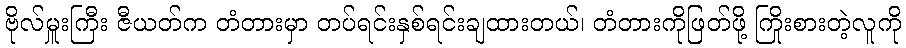
ဗိုလ်မှူးကြီး ဇီယတ်က တံတားမှာ တပ်ရင်းနှစ်ရင်းချထားတယ်၊ တံတားကိုဖြတ်ဖို့ ကြိုးစားတဲ့လူကို